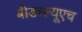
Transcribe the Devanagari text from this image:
बीडब्ल्यूएच